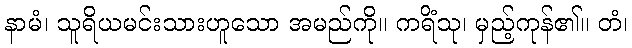
နာမံ၊ သူရိယမင်းသားဟူသော အမည်ကို။ ကရိံသု၊ မှည့်ကုန်၏။ တံ၊